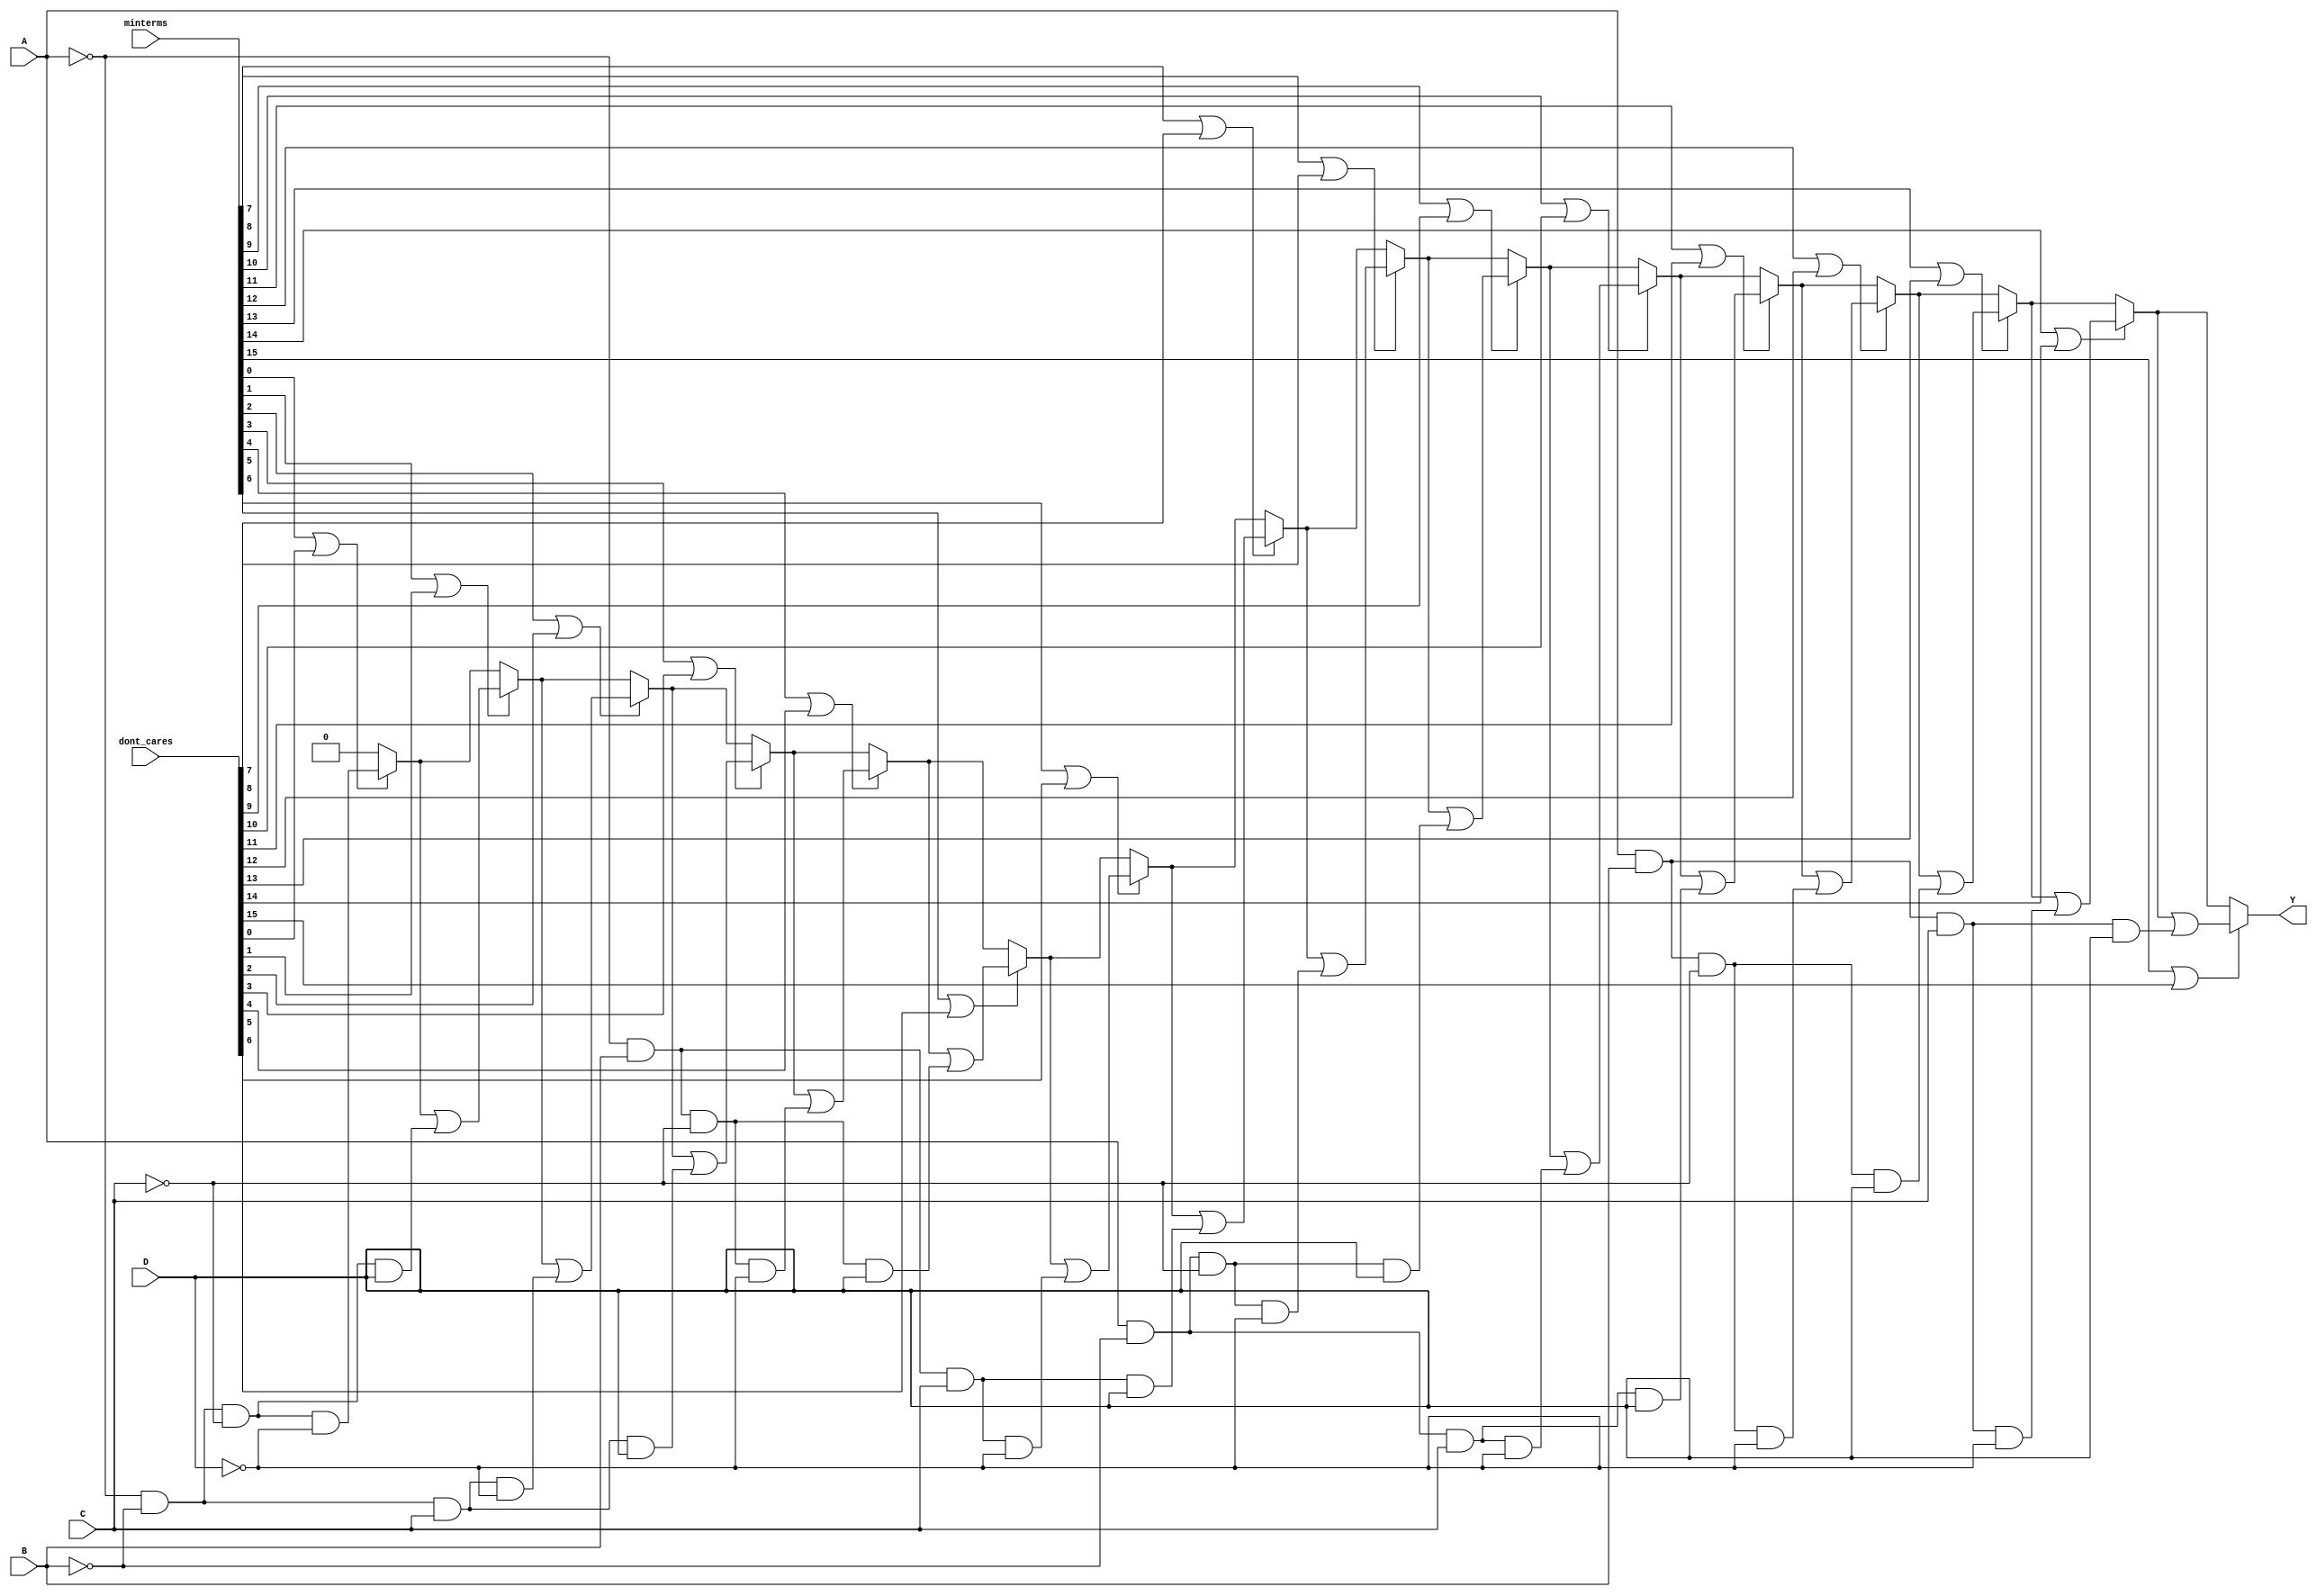
module prime_implicants (
    input wire A, B, C, D,           // 4 input variables
    input wire [15:0] minterms,      // 16 possible minterms (0-15)
    input wire [15:0] dont_cares,    // 16 possible don't care conditions
    output reg Y                     // Output representing the minimized function
);

// Function to check if a number is a minterm
function is_minterm;
    input [3:0] value;
    begin
        is_minterm = ((minterms[value] == 1) || (dont_cares[value] == 1));
    end
endfunction

// Function to simplify expression based on minterms and don't cares
always @(*) begin
    Y = 0;

    // Example handling for simplicity (0-15 corresponds to minterms for A, B, C, D)
    if (is_minterm(0)) Y = Y | (~A & ~B & ~C & ~D); // 0: ABCD = 0000
    if (is_minterm(1)) Y = Y | (~A & ~B & ~C & D);  // 1: ABCD = 0001
    if (is_minterm(2)) Y = Y | (~A & ~B & C & ~D);   // 2: ABCD = 0010
    if (is_minterm(3)) Y = Y | (~A & ~B & C & D);    // 3: ABCD = 0011
    if (is_minterm(4)) Y = Y | (~A & B & ~C & ~D);    // 4: ABCD = 0100
    if (is_minterm(5)) Y = Y | (~A & B & ~C & D);     // 5: ABCD = 0101
    if (is_minterm(6)) Y = Y | (~A & B & C & ~D);      // 6: ABCD = 0110
    if (is_minterm(7)) Y = Y | (~A & B & C & D);      // 7: ABCD = 0111
    if (is_minterm(8)) Y = Y | (A & ~B & ~C & ~D);     // 8: ABCD = 1000
    if (is_minterm(9)) Y = Y | (A & ~B & ~C & D);      // 9: ABCD = 1001
    if (is_minterm(10)) Y = Y | (A & ~B & C & ~D);     // 10: ABCD = 1010
    if (is_minterm(11)) Y = Y | (A & ~B & C & D);      // 11: ABCD = 1011
    if (is_minterm(12)) Y = Y | (A & B & ~C & ~D);     // 12: ABCD = 1100
    if (is_minterm(13)) Y = Y | (A & B & ~C & D);      // 13: ABCD = 1101
    if (is_minterm(14)) Y = Y | (A & B & C & ~D);      // 14: ABCD = 1110
    if (is_minterm(15)) Y = Y | (A & B & C & D);       // 15: ABCD = 1111
end

endmodule